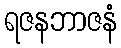
ရဇနဘာဇနံ